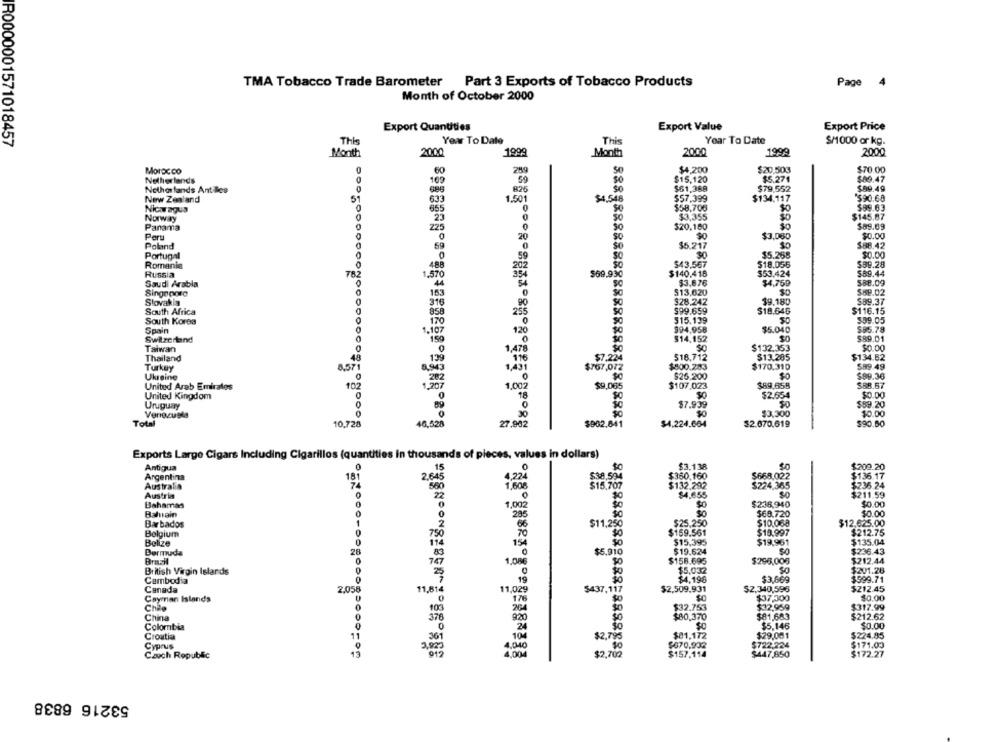
TMA Tobacco Trade Barometer Part 3 Exports of Tobacco Products
Page
4
Month of October 2000
Export Quantities
Export Value
Export Price
R0000001571018457
This
Year To Date
Year To Date
$/1000 or kg.
This
Month
2000
1999
Month
2000
1999
2000
Morocco
259
$4,200
$20,503
$70.00
60
59
$15,120
$5.271
$89.47
Netherlands
109
Netherlands Antilles
586
826
$61,368
$79,552
$89.49
New Zealand
633
1.501
$4,548
$57,399
$134.117
"$90.68
0
$58,706
$0
$99.63
Nicvagus
655
$145.87
Norway
23
$3,355
$0
Panama
225
$20,160
$89.69
Peru
20
$3,080
$0.00
Poland
$88.42
69
$6.217
Portugal
$5.268
$0.00
Romania
.480
202
$43.567
$18.056
$39.28
Russia
354
$69,930
$140.416
$53.424
$89.44
Saudi Arabia
$3,876
$4,759
588.09
Singapore
163
$13,620
$88.02
Slovakia
316
90
$28.242
$9.180
$89.37
South Africa
$99.659
$18.64G
$116.15
South Korea
$15.139
$39.05
170
Spain
1.107
120
994,958
$5.040
$85.79
Switzerland
159
$14.152
$89.01
Taiwan
$132,353
$0.00
Thailand
1,478
$7.224
$13.285
$134.62
125
118
Turkey
8,57
1,431
$767,072
$800.253
$170,310
$89.49
Ukraine
$25,200
$89.36
United Arab Emirates
$107.023
$89.658
$88.67
102
1.002
$9,065
$2.654
$0.00
United Kingdom
Uruguay
$7.939
$89.20
Venezuela
30
$3,300
$0.00
Total
10,728
46,620
27.902
$902.841
$4.224.664
$2.670.619
$90.80
Exports Large Cigars Including Cigarillos (quantities in thousands of pieces, values in dollars)
Antigua
0
.15
$3.138
$0
$202.20
$360.160
Argentina
181
2.645
4,224
$38.504
$668.022
$136.17
Australia
7
880
1,608
$15.707
$132.292
$224,365
$236.24
Austria
2
$4.655
$211.59
Bahamas
0
1,002
$0
$236,940
$0.00
Bahrain
$0
$68.720
$0.00
$0
Barbados
1
2
$11,250
$25.250
$10.088
$12,625.00
Bolgium
$159.561
$19.997
$212.75
Belize
$0
$15,395
$19.961
$135.04
0
154
$0
$19,624
$236.43
Bermuda
28
$5.910
Brasil
747
1.086
30
$158.695
$296.006
$212.44
British Virgin Islands
$5,032
$201.28
Cambodia
$4,198
$3,869
$999.71
Canada
2.058
11,814
11,029
$437,117
$2,509.931
$2.340,596
$212.45
Cayman Islands
0
176
$0
$37,300
$0.00
Chap
$32.753
$32,959
$317.99
China
103
$80.370
$81,683
$212.62
378
920
Colombia
$5,146
$0.00
Croatian
10%
$2.795
$81.172
$29.081
$224.85
Cyprus
$670,932
722.224
$171.00
13
1,00
4,040
$2,702
$157.114
447,850
$172.27
Czoch Ropublic
53216 6838